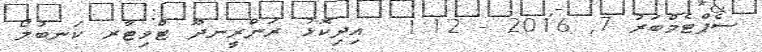
ސެޕްޓެމްބަރު 7